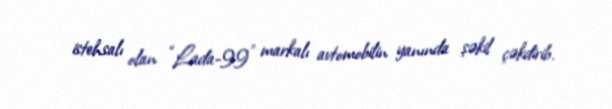
istehsalı olan “Lada-99” markalı avtomobilin yanında şəkil çəkdirib.